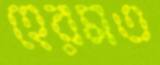
হেরমত